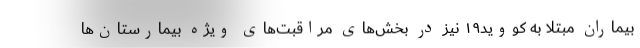
بیماران مبتلا به کووید۱۹ نیز در بخش‌های مراقبت‌های ویژه بیمارستان‌ها